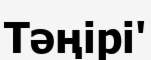
Тәңірі'